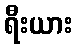
ရီးယား